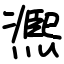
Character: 凞